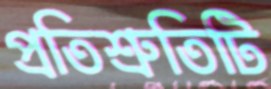
প্রতিশ্রুতিটি